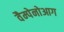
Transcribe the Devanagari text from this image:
वैम्पेनोआग